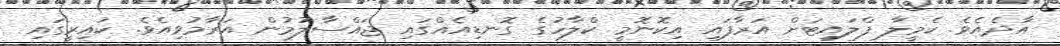
އާދެއެވެ. ކެމީލާ ފްލައިޓަށް އަރާފައި އިކޮނޮމީ ކްލާހުގެ ގޮނޑިއެއްގައި ޖައްސާލުމުން އަރާމުވިއެވެ. ކައިރީގައި